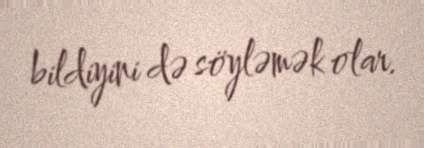
bildiyini də söyləmək olar.